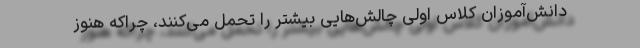
دانش‌آموزان کلاس اولی چالش‌هایی بیشتر را تحمل می‌کنند، چراکه هنوز